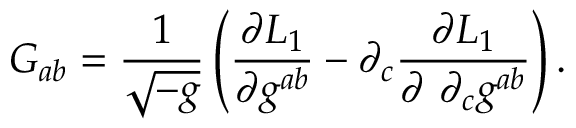
G _ { a b } = \frac { 1 } { \sqrt { - g } } \left( \frac { \partial { \cal L } _ { 1 } } { \partial g ^ { a b } } - \partial _ { c } \frac { \partial { \cal L } _ { 1 } } { \partial ~ \partial _ { c } g ^ { a b } } \right) .